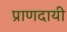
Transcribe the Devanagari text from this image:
प्राणदायी